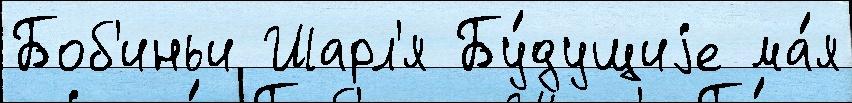
Боб'иньи Шарл'я Бу́дущиjе ма́я